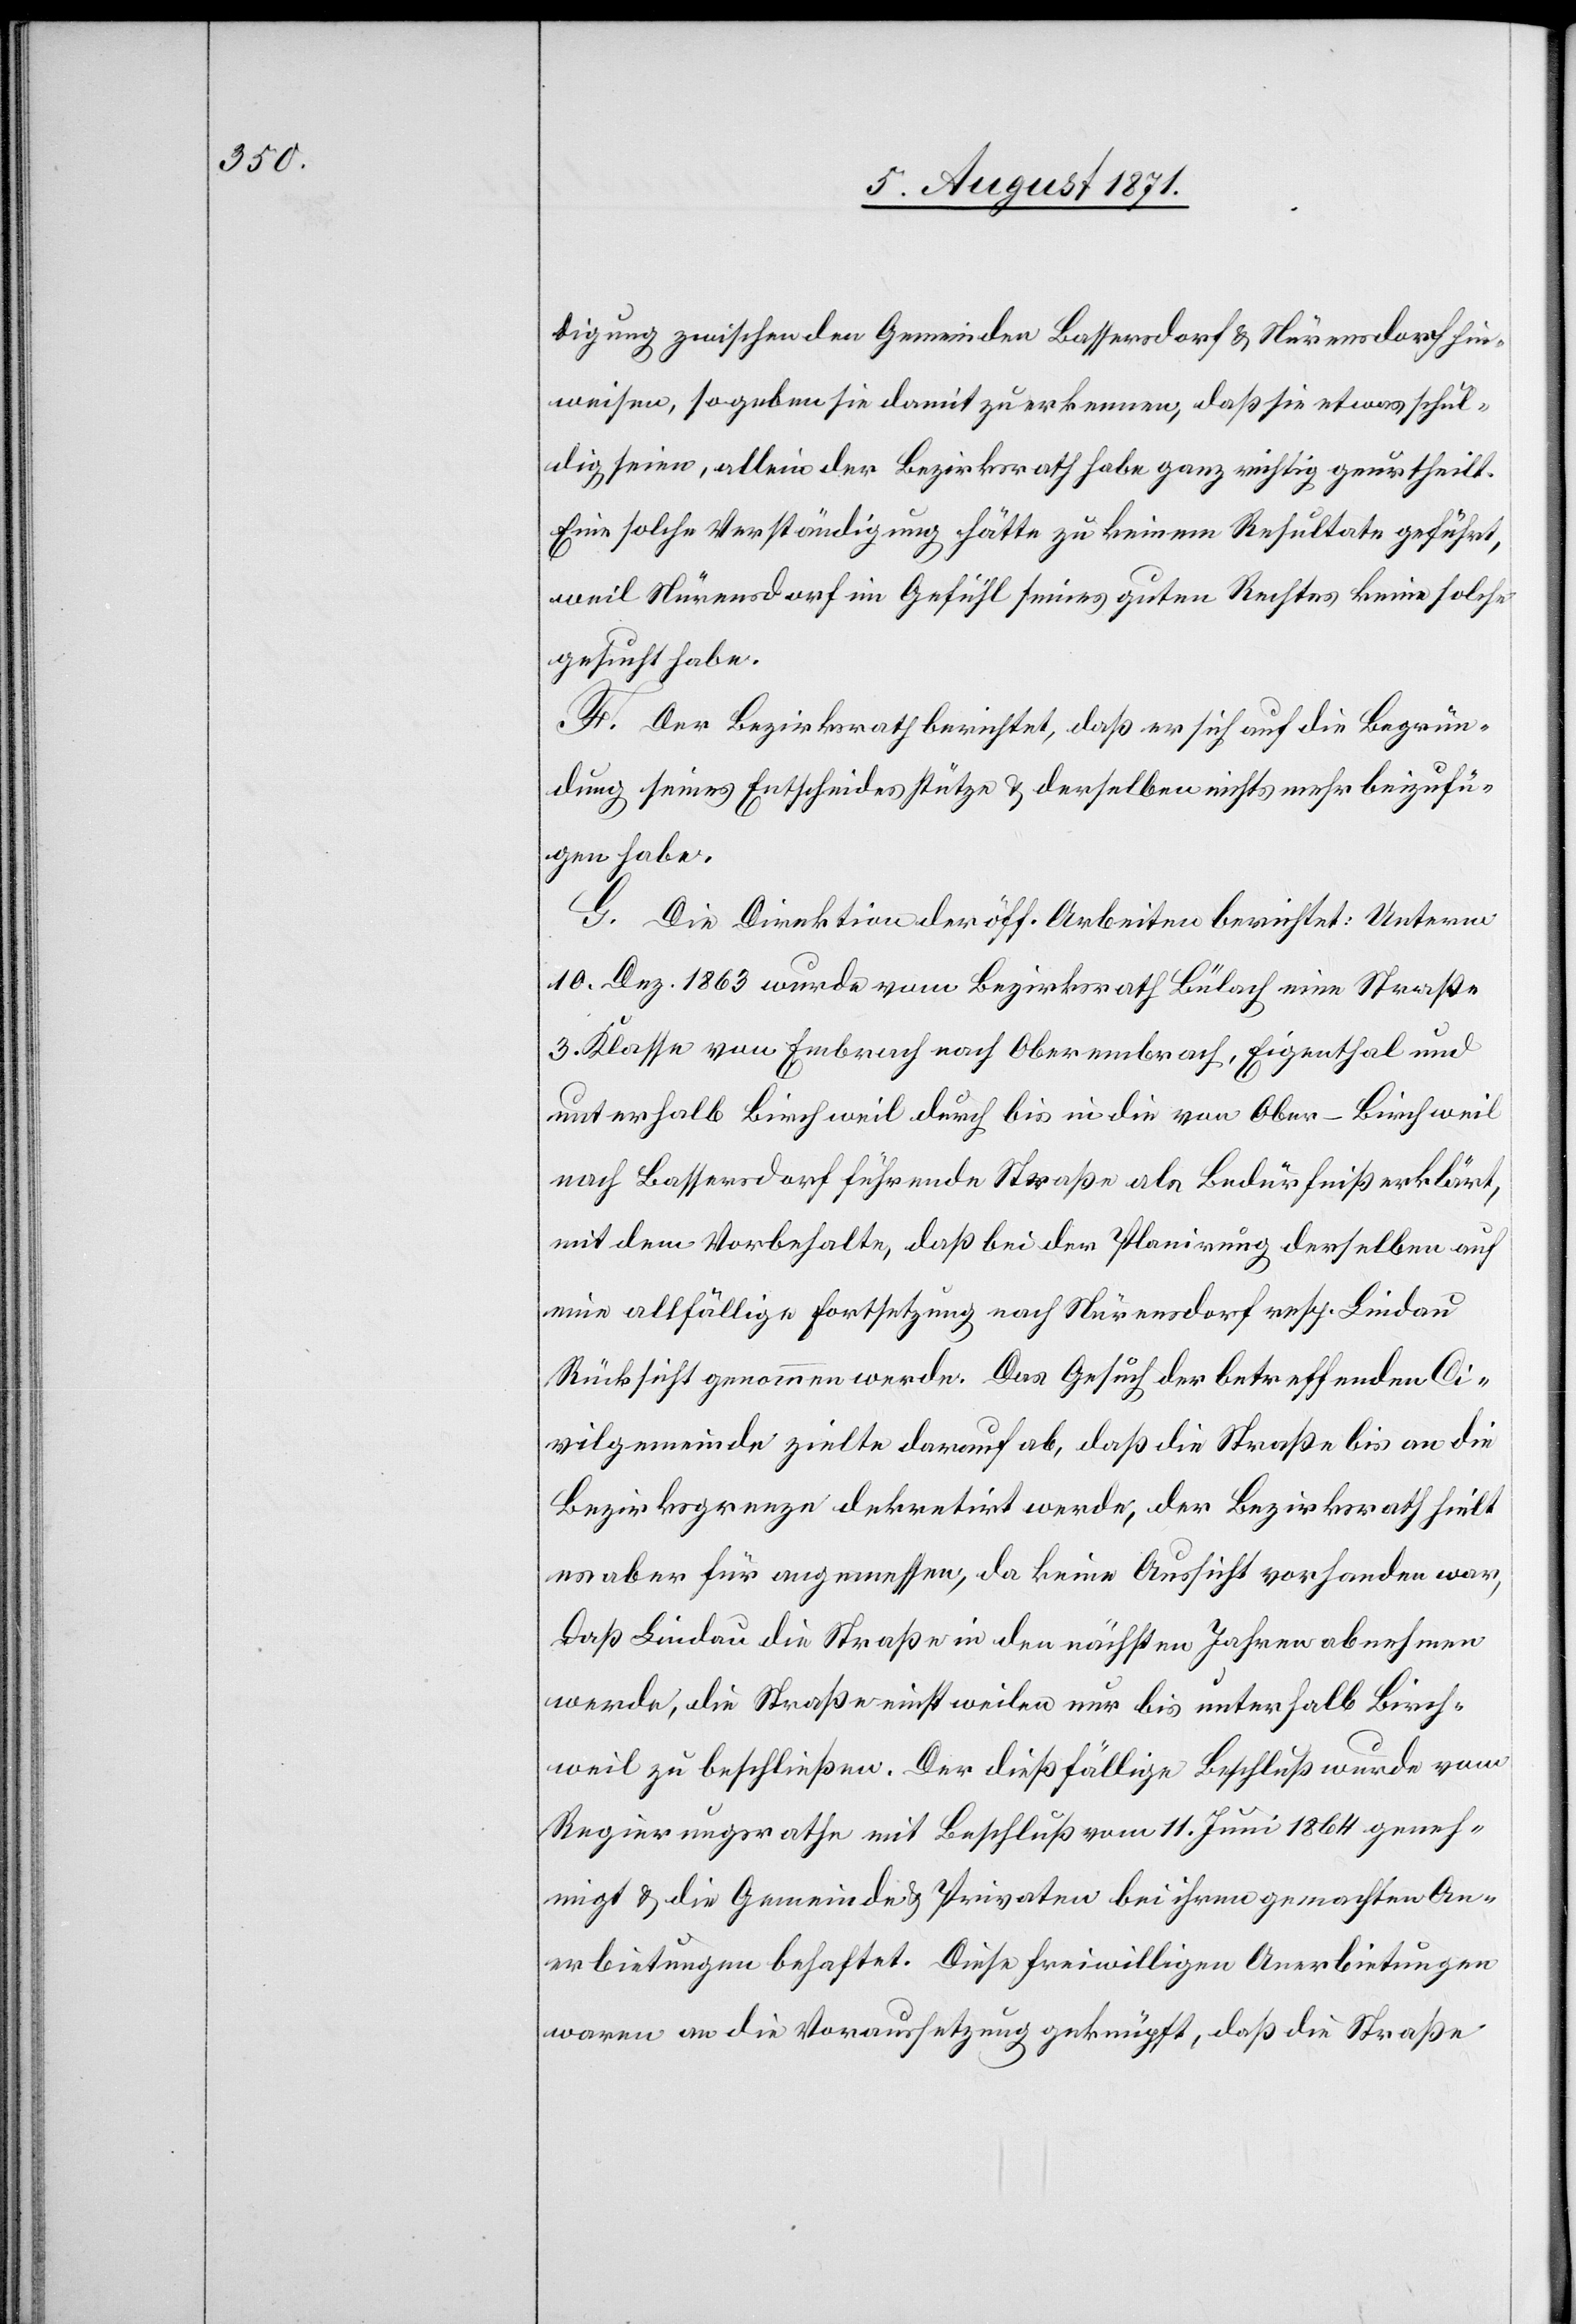
digung zwischen den Gemeinden Bassersdorf u. Nürensdorf hin¬
weisen, so geben sie damit zu erkennen, daß sie etwas schul¬
dig seien, allein der Bezirksrath habe ganz richtig geurtheilt.
Eine solche Verständigung hätte zu keinem Resultate geführt,
weil Nürensdorf im Gefühl seines guten Rechtes keine solche
gesucht habe.
F. Der Bezirksrath berichtet, daß er sich auf die Begrün¬
dung seines Entscheides stütze u. derselben nichts mehr beizufü¬
gen habe.
G. Die Direktion der öff. Arbeiten berichtet: Unterm
10. Dez. 1863 wurde vom Bezirksrath Bülach eine Straße
3. Klasse von Embrach nach Oberembrach, Eigenthal und
unterhalb Birchweil durch bis in die von Ober-Birchweil
nach Bassersdorf führende Straße als Bedürfniß erklärt,
mit dem Vorbehalte, daß bei der Planirung derselben auf
eine allfällige Fortsetzung nach Nürensdorf resp. Lindau
Rücksicht genommen werde. Das Gesuch der betreffenden Ci¬
vilgemeinde zielte darauf ab, daß die Straße bis an die
Bezirksgrenze dekretirt werde, der Bezirksrath hielt
es aber für angemessen, da keine Aussicht vorhanden war,
daß Lindau die Straße in den nächsten Jahren abnehmen
werde, die Straße nicht wieder nur bis unterhalb Birch¬
weil zu beschließen. Der dießfällige Beschluß wurde vom
Regierungsrathe mit Beschluß vom 11. Juni 1864 geneh¬
migt u. die Gemeinde u. Privaten bei ihren gemachten An¬
erbietungen behaftet [sic!]. Diese freiwilligen Anerbietungen
waren an die Voraussetzung geknüpft, daß die Straße